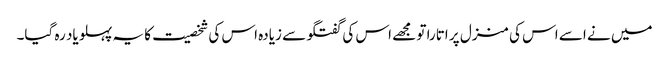
میں نے اسے اس کی منزل پر اتارا تو مجھے اس کی گفتگو سے زیادہ اس کی شخصیت کا یہ پہلو یاد رہ گیا۔